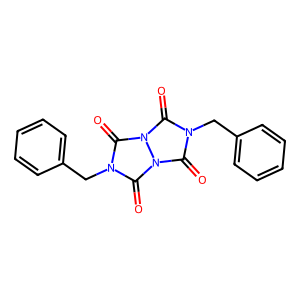
SMILES: O=c1n(Cc2ccccc2)c(=O)n2c(=O)n(Cc3ccccc3)c(=O)n12
Inhibits HIV replication: No